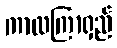
ကာလကြာရှည်